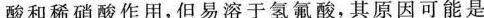
酸和稀硝酸作用，但易溶于氢氟酸，其原因可能是